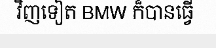
វិញទៀត BMW ក៏បានធ្វើ